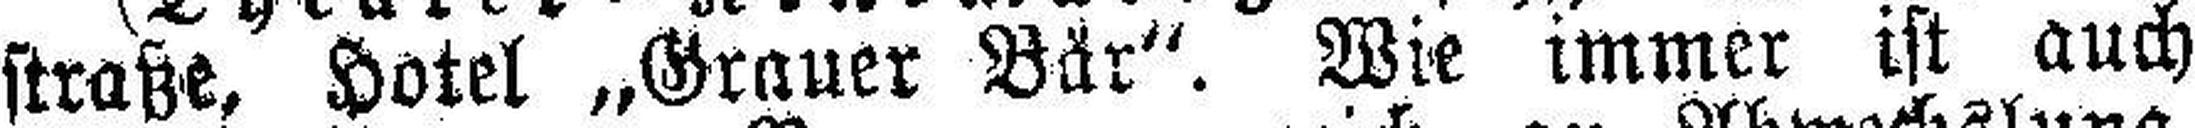
straße, Hotel „Grauer Bär“. Wie immer ist auch